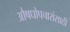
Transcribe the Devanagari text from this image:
औषधोपचारांसाठी